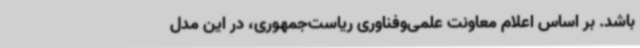
باشد. بر اساس اعلام معاونت علمی‌وفناوری ریاست‌جمهوری، در این مدل